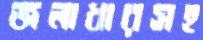
জলাধারসহ